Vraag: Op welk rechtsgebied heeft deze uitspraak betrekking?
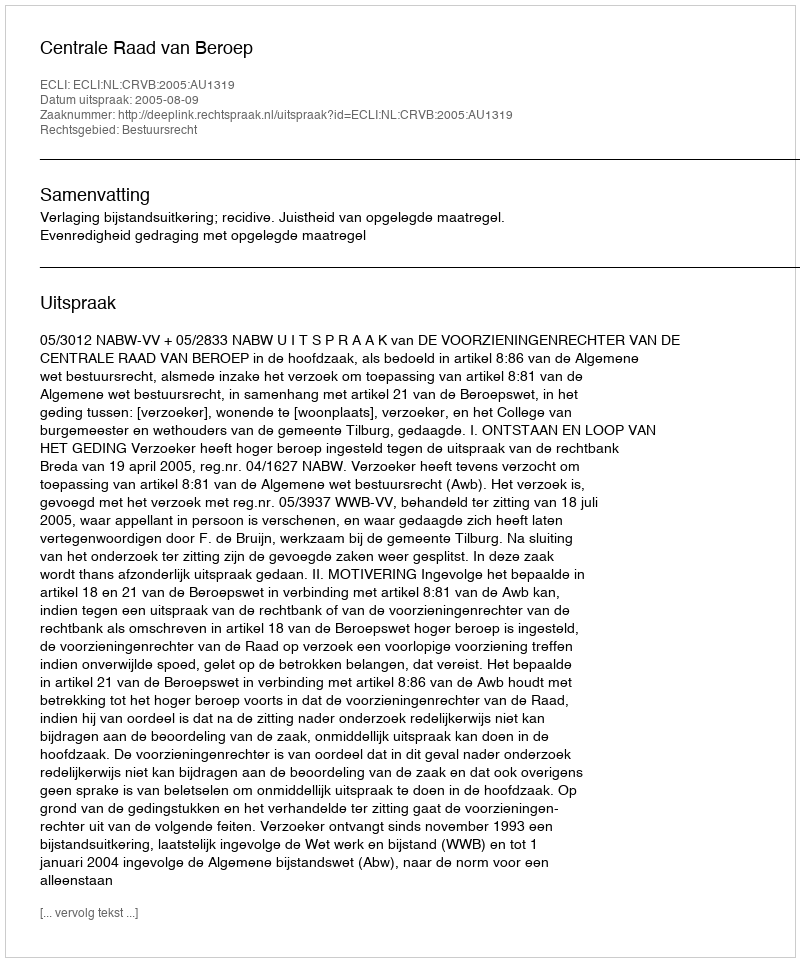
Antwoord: Bestuursrecht